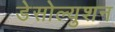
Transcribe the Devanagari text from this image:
डेसोल्युशन